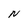
Character: N